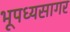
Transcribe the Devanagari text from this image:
भूपध्यसागर